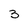
Character: 3